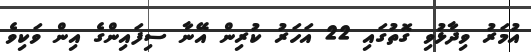
އުމަރު ވިދާޅުވި ގޮތުގައި 22 އަހަރު ކުރިން އޭނާ ސިފައިންގެ އިން ވަކިވެ